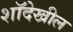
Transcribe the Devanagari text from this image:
शॉदेखील